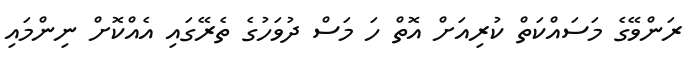
ރަންވޭގެ މަސައްކަތް ކުރިއަށް އޮތް ހަ މަސް ދުވަހުގެ ތެރޭގައި އެއްކޮށް ނިންމައި